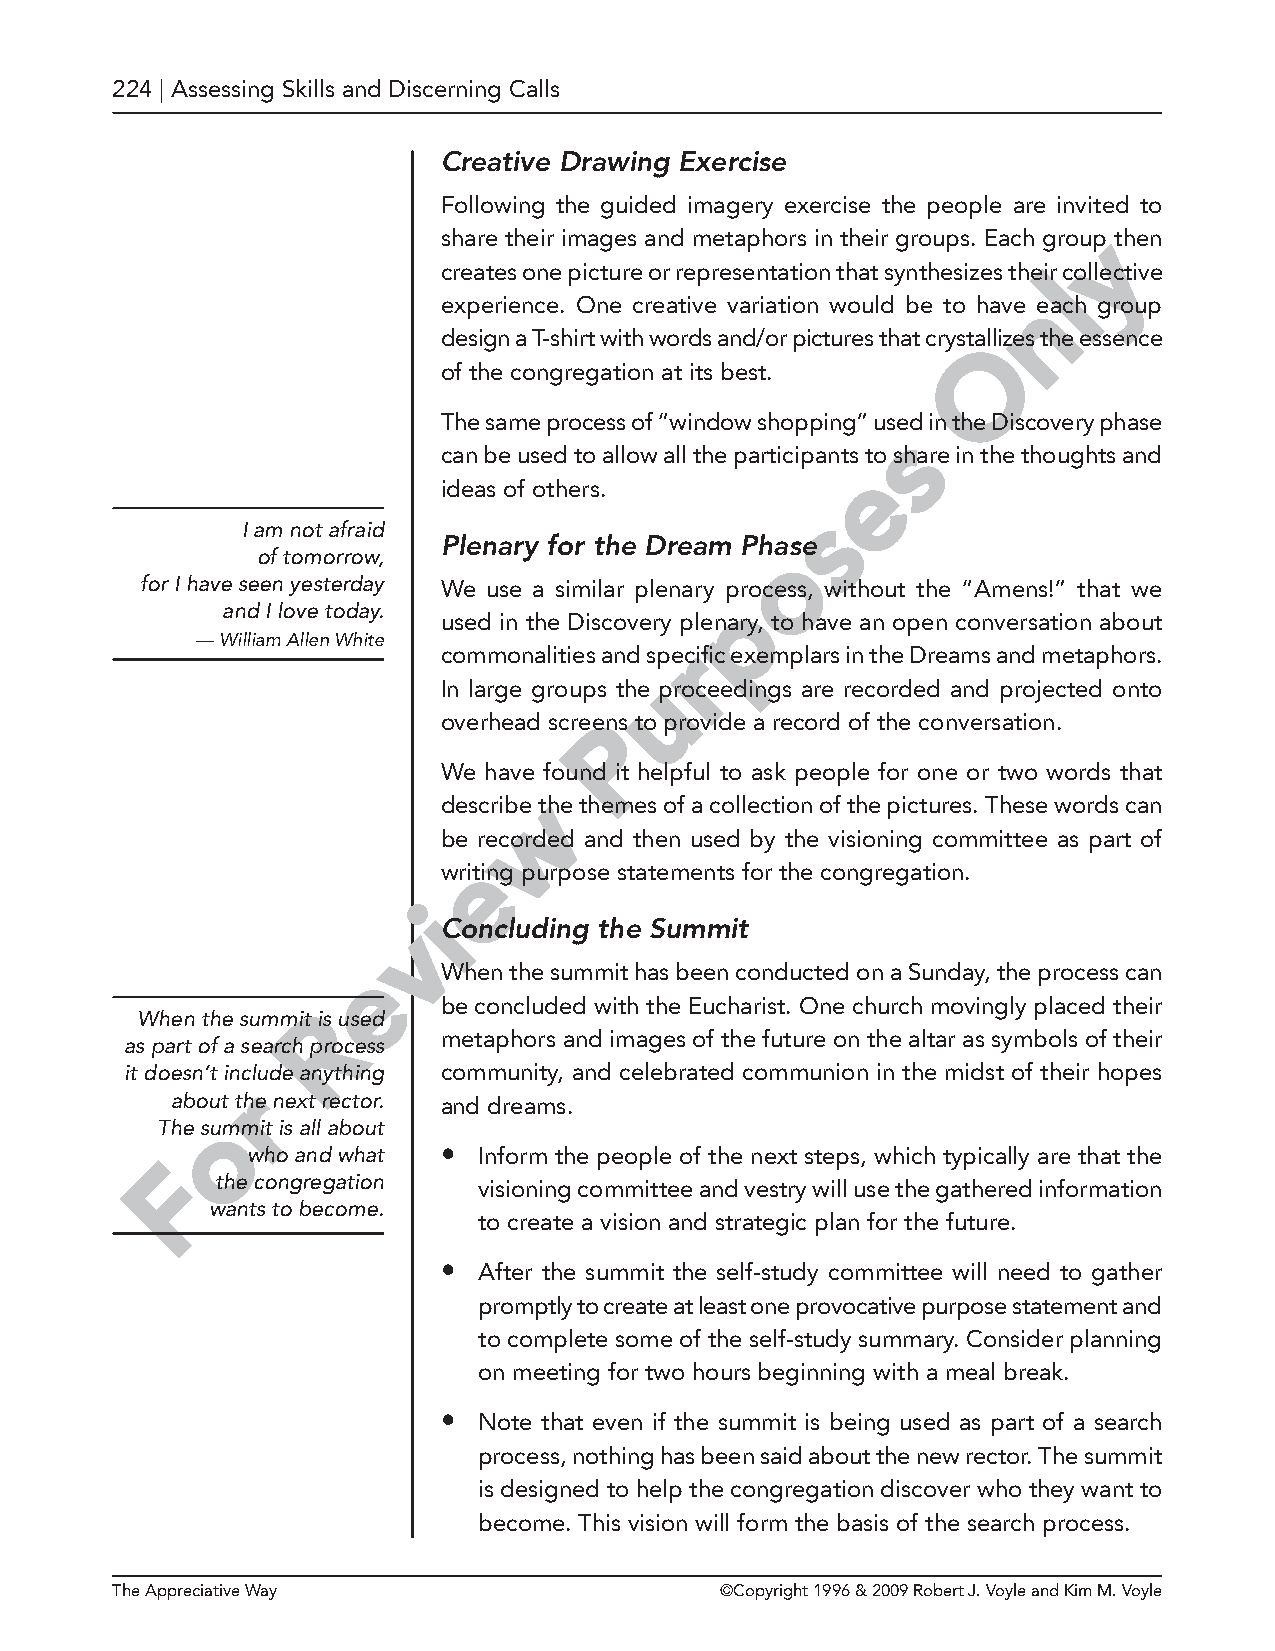
224 | Assessing Skills and Discerning Calls
 Creative Drawing Exercise
 Following the guided imagery exercise the people are invited to
 share their images and metaphors in their groups. Each grouyp then
 creates one picture or representation that synthesizes theilr collective
 n
 experience. One creative variation would be to have each group
 design a T-shirt with words and/or pictures that crystaOllizes the essence
 of the congregation at its best.
 The same process of “window shopping” used in the Discovery phase
 s
 can be used to allow all the participants to share in the thoughts and
 e
 ideas of others.
 s
 I am not afraid
 Plenary for the Dream Phaose
 of tomorrow,
 for I have seen yesterday We use a similar plenary process, without the “Amens!” that we
 p
 and I love today.
 used in the Discovery plenary, to have an open conversation about
 — William Allen White           r
 commonalities and specific exemplars in the Dreams and metaphors.
 u
 In large groups the proceedings are recorded and projected onto
 overhead screePns to provide a record of the conversation.
 We have fo und it helpful to ask people for one or two words that
 w
 describe the themes of a collection of the pictures. These words can
 be recorded and then used by the visioning committee as part of
 e
 writing purpose statements for the congregation.
 i
 vConcluding   the Summit
 e    When the summit has been conducted on a Sunday, the process can
 be concluded with the Eucharist. One church movingly placed their
 R
 When the summit is used
 metaphors and images of the future on the altar as symbols of their
 as part of a search process
 it doesn’t include anything community, and celebrated communion in the midst of their hopes
 r
 about the next rector. and dreams.
 o
 The summit is all about
 who and what •  Inform the people of the next steps, which typically are that the
 F
 the congregation
 visioning committee and vestry will use the gathered information
 wants to become.
 to create a vision and strategic plan for the future.
 •  After the summit the self-study committee will need to gather
 promptly to create at least one provocative purpose statement and
 to complete some of the self-study summary. Consider planning
 on meeting for two hours beginning with a meal break.
 •  Note that even if the summit is being used as part of a search
 process, nothing has been said about the new rector. The summit
 is designed to help the congregation discover who they want to
 become. This vision will form the basis of the search process.
 The Appreciative Way                     ©Copyright 1996 & 2009 Robert J. Voyle and Kim M. Voyle